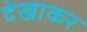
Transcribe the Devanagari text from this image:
देखाकर